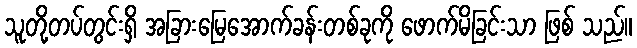
သူတို့တပ်တွင်းရှိ အခြားမြေအောက်ခန်းတစ်ခုကို ဖောက်မိခြင်းသာ ဖြစ် သည်။